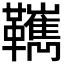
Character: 𩍺